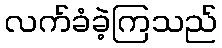
လက်ခံခဲ့ကြသည်